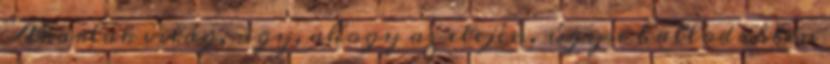
Akarlak világ, úgy, ahogy az elején. úgyse hallod ebben